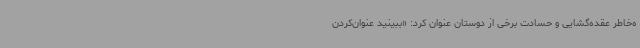
ه‌خاطر عقده‌گشایی و حسادت برخی از دوستان عنوان کرد: «ببینید عنوان‌کردن